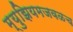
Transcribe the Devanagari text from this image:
म्युझियमजवळच